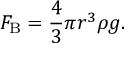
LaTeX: F _ { \mathrm { B } } = { \frac { 4 } { 3 } } \pi r ^ { 3 } \rho g .